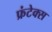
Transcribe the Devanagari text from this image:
फ्रंटेक्स